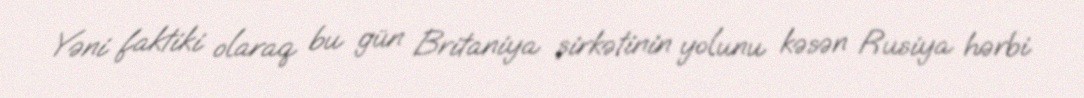
Yəni faktiki olaraq bu gün Britaniya şirkətinin yolunu kəsən Rusiya hərbi